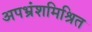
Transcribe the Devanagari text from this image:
अपभ्रंशमिश्रित